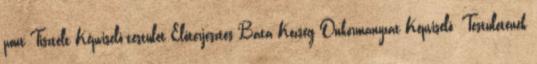
pont Tisztelt Képviselő-testület Előterjesztés Báta Község Önkormányzat Képviselő- Testületének